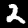
Label: 2